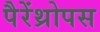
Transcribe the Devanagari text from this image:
पैरेंथ्रोपस